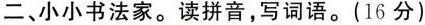
二、小小书法家。读拼音，写词语。(16分)